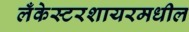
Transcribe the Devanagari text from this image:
लँकेस्टरशायरमधील